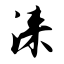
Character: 涞